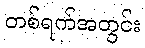
တစ်ရက်အတွင်း